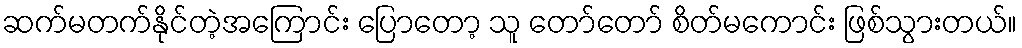
ဆက်မတက်နိုင်တဲ့အကြောင်း ပြောတော့ သူ တော်တော် စိတ်မကောင်း ဖြစ်သွားတယ်။